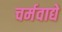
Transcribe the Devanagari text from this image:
चर्मवाद्ये